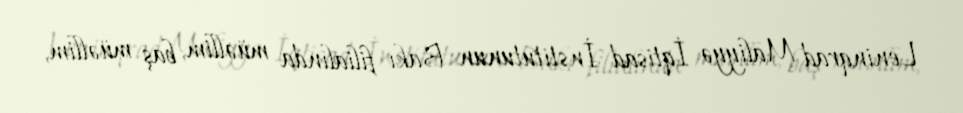
Leninqrad Maliyyə İqtisad İnstitutunun Bakı filialında müəllim, baş müəllim,